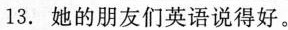
13.她的朋友们英语说得好。